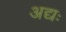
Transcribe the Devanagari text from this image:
अद्यः